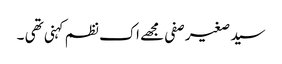
سید صغیر صفی مجھے اک نظم کہنی تھی ۔